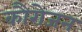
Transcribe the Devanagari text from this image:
कौरोजन